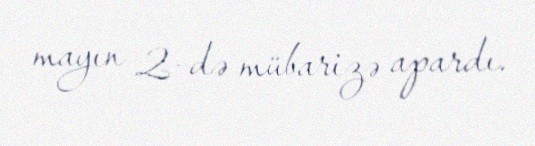
mayın 2-də mübarizə apardı.